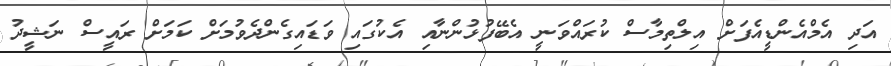
އަދި އެމްއެންޑީއެފަށް އިލްތިމާސް ކުރައްވަނީ އެބޭފުޅުންނާއި އެކުގައި ވަޑައިގެންދެވުމަށް ކަމަށް ރައީސް ނަޝީދު